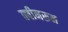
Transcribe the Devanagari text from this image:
क्वीनरूम